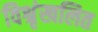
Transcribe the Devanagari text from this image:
विश्रृंखलित